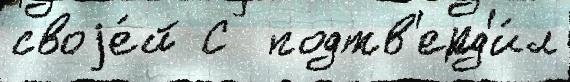
своjе́й С  подтв'ерд'и́л